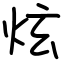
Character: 炫